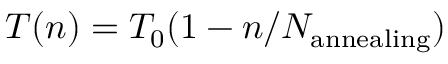
T ( n ) = T _ { 0 } ( 1 - n / N _ { \mathrm { a n n e a l i n g } } )